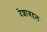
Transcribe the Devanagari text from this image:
देशाबद्दल